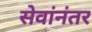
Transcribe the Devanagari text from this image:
सेवांनंतर